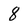
Character: 8